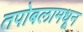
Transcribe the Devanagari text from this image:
तपोबलामधून